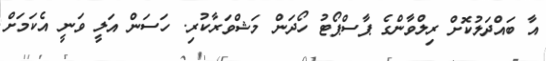
އާ ބައްދަލުކޮށް ރިލްވާންގެ ޕާސްޕޯޓު ހޯދަން މަޝްވަރާކުރި. ހަސަން އަލީ ވަނީ އެކަމަށް